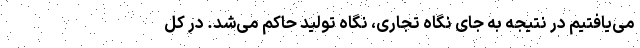
می‌یافتیم در نتیجه به جای نگاه تجاری، نگاه تولید حاکم می‌شد. در کل